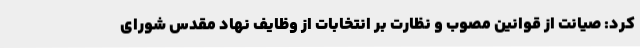
کرد: صیانت از قوانین مصوب و نظارت بر انتخابات از وظایف نهاد مقدس شورای